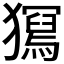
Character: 𤢧